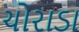
ચોરાડા